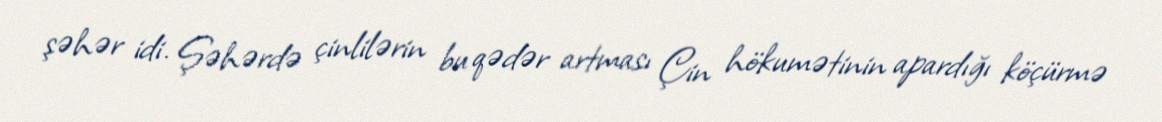
şəhər idi. Şəhərdə çinlilərin bu qədər artması Çin hökumətinin apardığı köçürmə